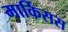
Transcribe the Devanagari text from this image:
मार्किसस